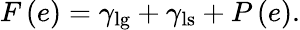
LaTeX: F\left(e\right)=\gamma_{\textrm{lg}}+\gamma_{\textrm{ls}}+P\left(e\right).